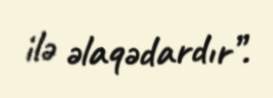
ilə əlaqədardır”.